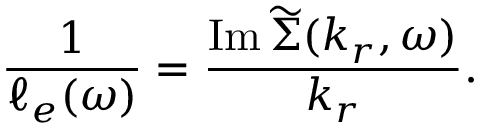
\frac { 1 } { \ell _ { e } ( \omega ) } = \frac { \operatorname { I m } \widetilde { \Sigma } ( k _ { r } , \omega ) } { k _ { r } } .